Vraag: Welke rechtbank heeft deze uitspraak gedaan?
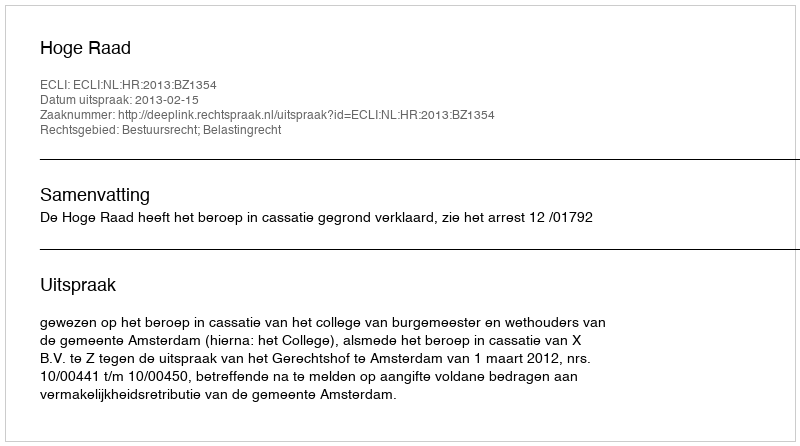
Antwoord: Hoge Raad